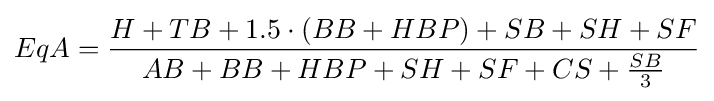
EqA={\frac {H+TB+{1.5\cdot (BB+HBP)}+SB+SH+SF}{AB+BB+HBP+SH+SF+CS+{\frac {SB}{3}}}}